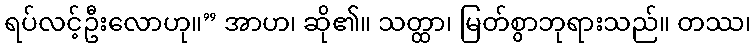
ရပ်လင့်ဦးလောဟု။” အာဟ၊ ဆို၏။ သတ္ထာ၊ မြတ်စွာဘုရားသည်။ တဿ၊